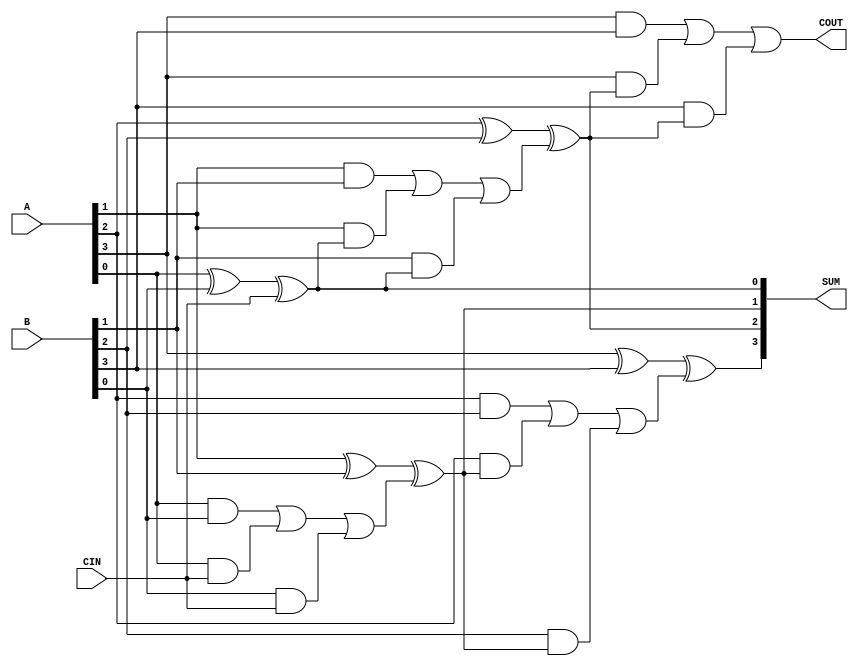
module rca_4(
    input [3:0] A, B,
    input CIN,        
    output reg [3:0] SUM, 
    output reg COUT       
);
    always @(*) begin
        SUM[0] = A[0] ^ B[0] ^ CIN;
        SUM[1] = A[1] ^ B[1] ^ ((A[0] & B[0]) | (A[0] & CIN) | (B[0] & CIN));
        SUM[2] = A[2] ^ B[2] ^ ((A[1] & B[1]) | (A[1] & SUM[0]) | (B[1] & SUM[0]));
        SUM[3] = A[3] ^ B[3] ^ ((A[2] & B[2]) | (A[2] & SUM[1]) | (B[2] & SUM[1]));
        COUT = ((A[3] & B[3]) | (A[3] & SUM[2]) | (B[3] & SUM[2]));
    end
endmodule